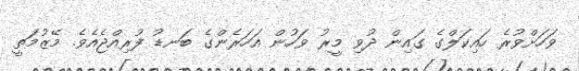
ވަހަށްވުރެ ހައިކަލްގެ ގައިން ދުވި މީރު ވަހުން އަހަރެންގެ ބަނޑު ފުރިއްޖެއެވެ. މޭޒުމަތީ